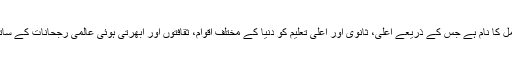
بین الاقوامیت اس عمل کا نام ہے جس کے ذریعے اعلیٰ، ثانوی اور اعلیٰ تعلیم کو دنیا کے مختلف اقوام، ثقافتوں اور ابھرتی ہوئی عالمی رجحانات کے ساتھ منسلک کیا جائے۔